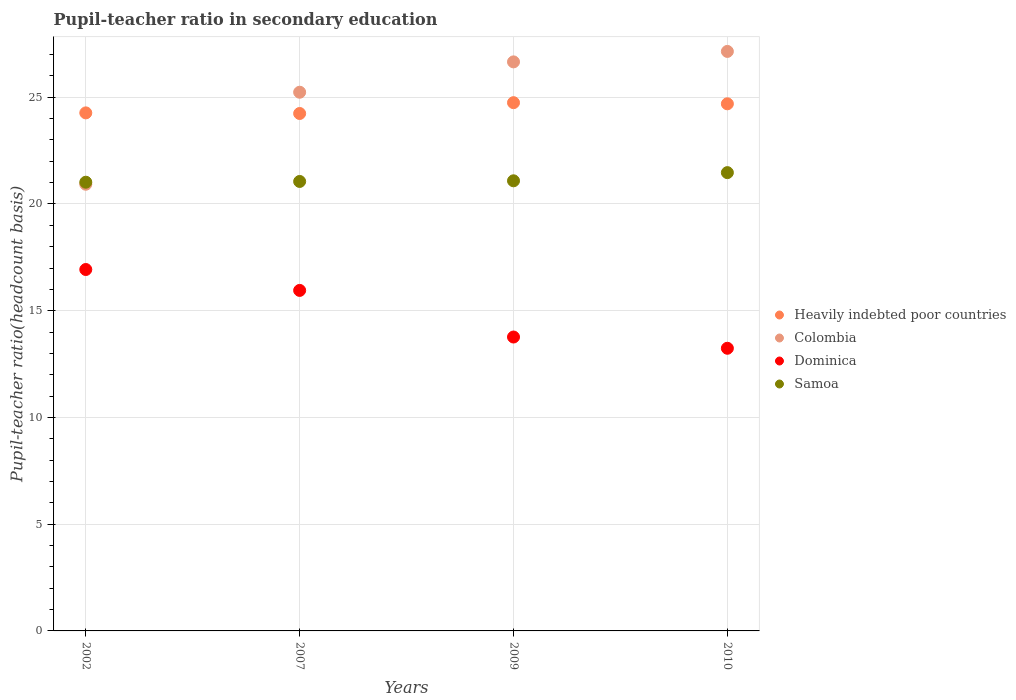
| Years | Heavily indebted poor countries | Colombia | Dominica | Samoa |
 | --- | --- | --- | --- | --- |
 | 2002 | 24.3 | 20.9 | 16.9 | 21 |
 | 2007 | 24.2 | 25.2 | 16 | 21.1 |
 | 2009 | 24.7 | 26.7 | 13.8 | 21.1 |
 | 2010 | 24.7 | 27.1 | 13.2 | 21.5 |